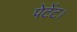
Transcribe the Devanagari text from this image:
पेटेंट।